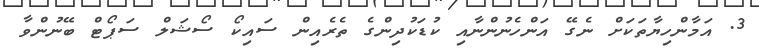
3. އަމާންހިޔާތަކަށް ނެގޭ އަންހެނުންނާއި ކުޑަކުދިންގެ ތެރެއިން ސައިކޯ ސޯޝަލް ސަޕޯޓް ބޭނުންވާ